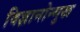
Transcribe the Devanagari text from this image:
विज्ञानोन्मुख